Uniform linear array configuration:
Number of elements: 16
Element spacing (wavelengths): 0.5
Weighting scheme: hamming
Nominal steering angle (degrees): -30
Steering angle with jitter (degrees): -28.605
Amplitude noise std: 0.05
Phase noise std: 0.05

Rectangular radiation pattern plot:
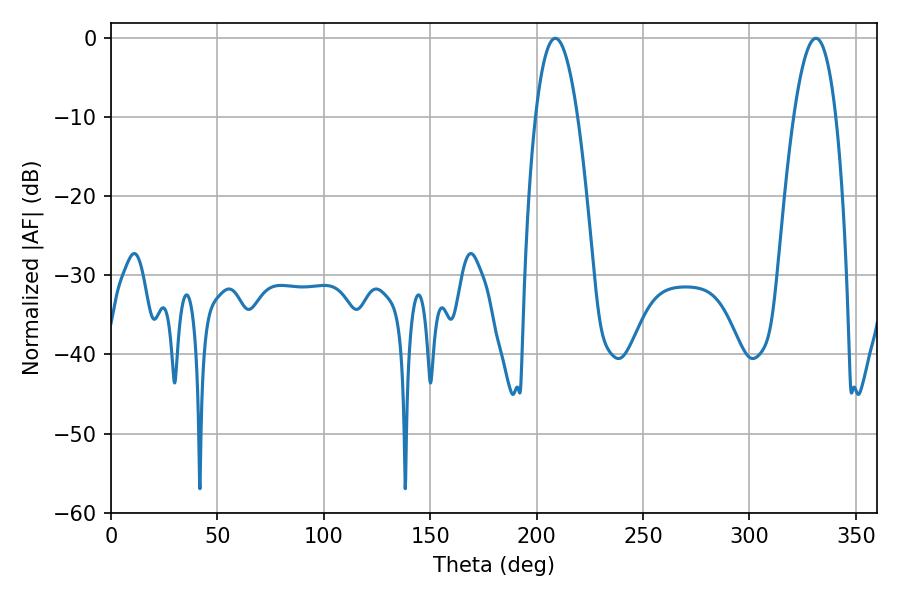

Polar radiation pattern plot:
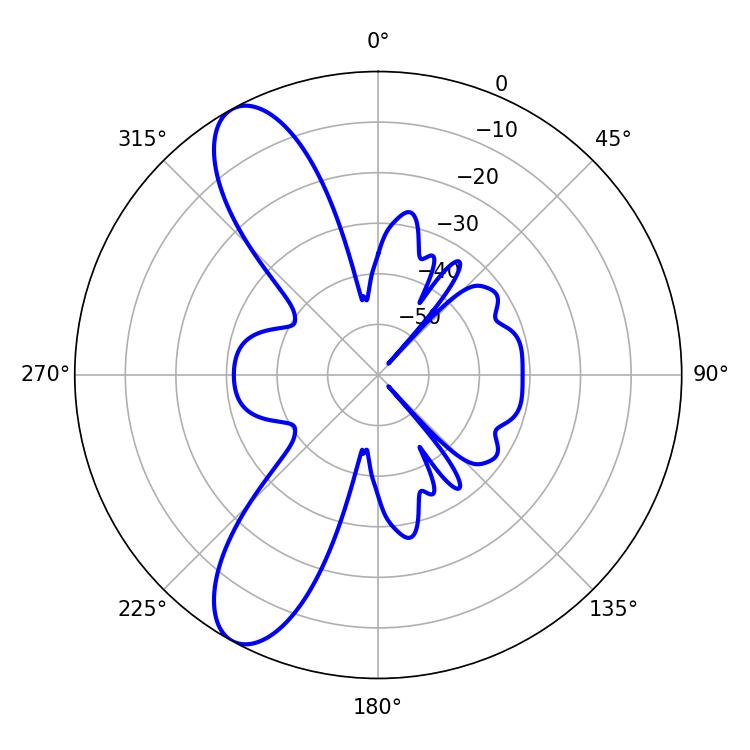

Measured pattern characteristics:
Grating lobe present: FALSE
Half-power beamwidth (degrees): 10.98
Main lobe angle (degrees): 208.8